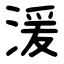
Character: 湲